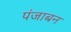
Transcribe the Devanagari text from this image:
पंजाबन